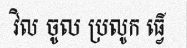
វិល ចូល ប្រលូក ធ្វើ